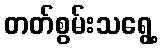
တတ်စွမ်းသရွေ့